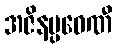
အဇိနပ္ပဝေဏီ